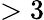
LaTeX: >3